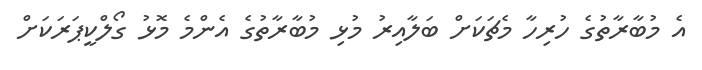
އެ މުބާރާތުގެ ހުރިހާ މެޗަކަށް ބަލާއިރު މުޅި މުބާރާތުގެ އެންމެ މޮޅު ގޯލްކީޕަރަކަށް